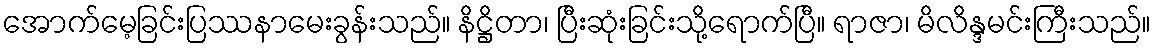
အောက်မေ့ခြင်းပြဿနာမေးခွန်းသည်။ နိဋ္ဌိတာ၊ ပြီးဆုံးခြင်းသို့ရောက်ပြီ။ ရာဇာ၊ မိလိန္ဒမင်းကြီးသည်။